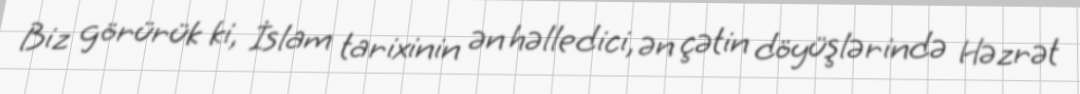
Biz görürük ki, İslam tarixinin ən həlledici, ən çətin döyüşlərində Həzrət